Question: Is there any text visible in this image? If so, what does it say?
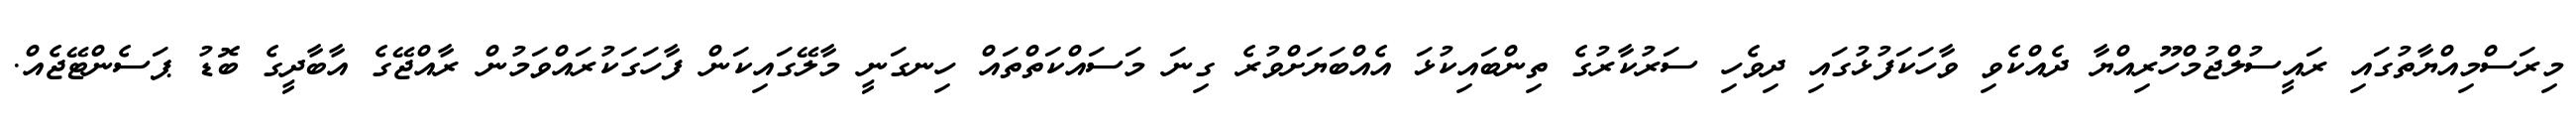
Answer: މިރަސްމިއްޔާތުގައި ރައީސުލްޖުމްހޫރިއްޔާ ދެއްކެވި ވާހަކަފުޅުގައި ދިވެހި ސަރުކާރުގެ ތިންބައިކުޅަ އެއްބަޔަށްވުރެ ގިނަ މަސައްކަތްތައް ހިނގަނީ މާލޭގައިކަން ފާހަގަކުރައްވަމުން ރާއްޖޭގެ އާބާދީގެ ބޮޑު ޕަސެންޓޭޖެއް.